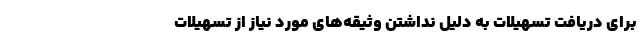
برای دریافت تسهیلات به دلیل نداشتن وثیقه‌های مورد نیاز از تسهیلات